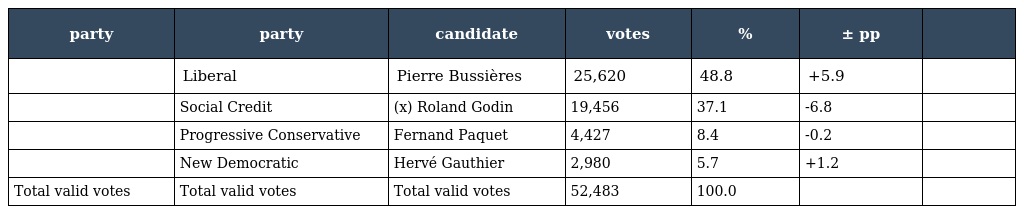
| party | party | candidate | votes | % | ± pp |  |
 | --- | --- | --- | --- | --- | --- | --- |
 |  | Liberal | Pierre Bussières | 25,620 | 48.8 | +5.9 |  |
 |  | Social Credit | (x) Roland Godin | 19,456 | 37.1 | -6.8 |  |
 |  | Progressive Conservative | Fernand Paquet | 4,427 | 8.4 | -0.2 |  |
 |  | New Democratic | Hervé Gauthier | 2,980 | 5.7 | +1.2 |  |
 | Total valid votes | Total valid votes | Total valid votes | 52,483 | 100.0 |  |  |